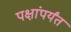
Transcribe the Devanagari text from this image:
पक्षांपर्यंत